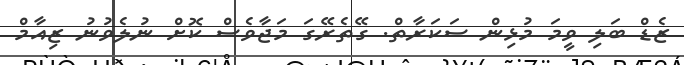
ޒެޑް ބަލި ވީމަ މުޅިން ސަކަރާތް. ގޭތެރޭގަ މަޖާވެސް ކޮށް ނުލެވުނު ޒިއާމް